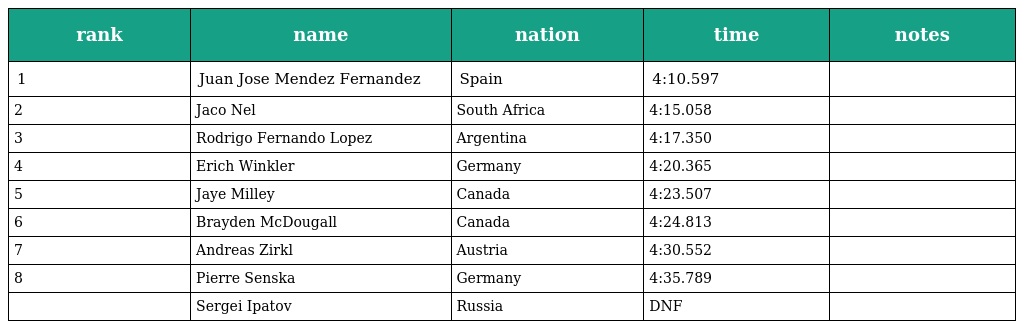
| rank | name | nation | time | notes |
 | --- | --- | --- | --- | --- |
 | 1 | Juan Jose Mendez Fernandez | Spain | 4:10.597 |  |
 | 2 | Jaco Nel | South Africa | 4:15.058 |  |
 | 3 | Rodrigo Fernando Lopez | Argentina | 4:17.350 |  |
 | 4 | Erich Winkler | Germany | 4:20.365 |  |
 | 5 | Jaye Milley | Canada | 4:23.507 |  |
 | 6 | Brayden McDougall | Canada | 4:24.813 |  |
 | 7 | Andreas Zirkl | Austria | 4:30.552 |  |
 | 8 | Pierre Senska | Germany | 4:35.789 |  |
 |  | Sergei Ipatov | Russia | DNF |  |